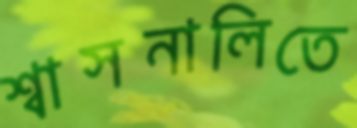
শ্বাসনালিতে